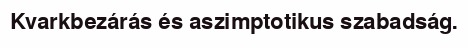
Kvarkbezárás és aszimptotikus szabadság.